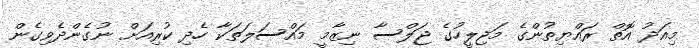
މިއަދު އޮތް ރައްޔިތުންގެ މަޖިލީހުގެ ޖަލްސާ ނިޒާމީ މައްސަލަތަކާ ހެދި ކުރިއަށް ނުގެންދެވިގެން